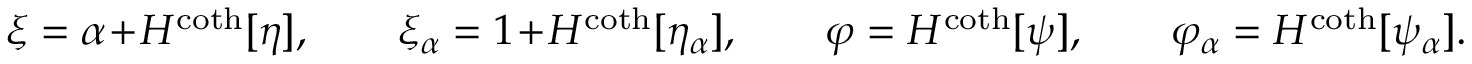
\xi = \alpha + H ^ { \coth } [ \eta ] , \qquad \xi _ { \alpha } = 1 + H ^ { \coth } [ \eta _ { \alpha } ] , \qquad \varphi = H ^ { \coth } [ \psi ] , \qquad \varphi _ { \alpha } = H ^ { \coth } [ \psi _ { \alpha } ] .